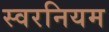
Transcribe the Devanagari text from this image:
स्वरनियम